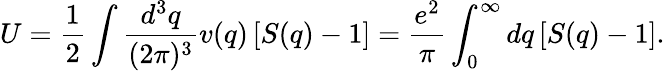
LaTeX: U=\frac{1}{2}\int\frac{d^{3}q}{(2\pi)^{3}}v(q)\left[S(q)-1\right]=\frac{e^{2}}{\pi}\int_{0}^{\infty}dq\left[S(q)-1\right].